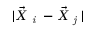
| \vec { X } _ { \textit { i } } - \vec { X } _ { \textit { j } } |